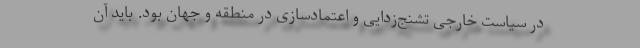
در سیاست خارجی تشنج‌زدایی و اعتمادسازی در منطقه و جهان بود. باید آن